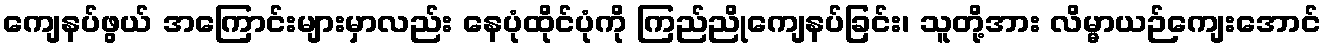
ကျေနပ်ဖွယ် အကြောင်းများမှာလည်း နေပုံထိုင်ပုံကို ကြည်ညိုကျေနပ်ခြင်း၊ သူတို့အား လိမ္မာယဉ်ကျေးအောင်